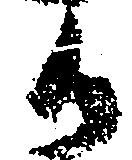
か